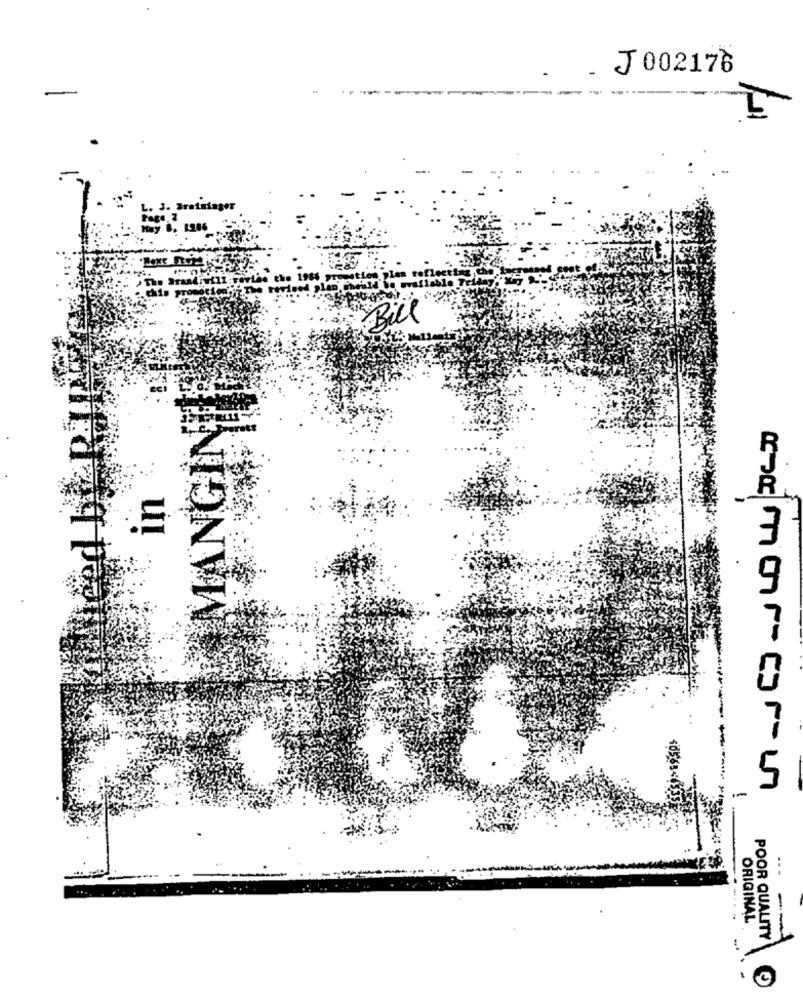
J 002176
Bill
MANGINF
LT-NEJ-ULOLU DEJO
ORIGINAL
--
POOR QUALITY